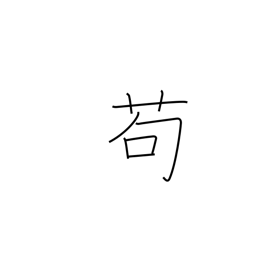
Meaning: in the least